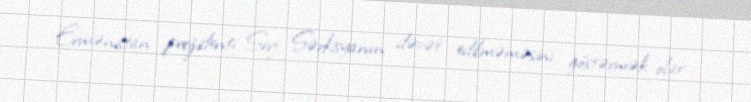
Ermənistan prezidenti Serj Sərkisyanın dəvət edilməməsini göstərmək olar.